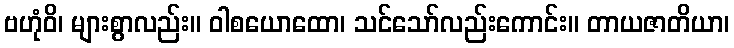
ဗဟုံဝိ၊ များစွာလည်း။ ဝါစယောထော၊ သင်သော်လည်းကောင်း။ တာယဇာတိယာ၊